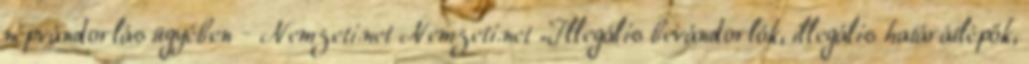
népvándorlás ügyében - Nemzeti.net Nemzeti.net „Illegális bevándorlók, illegális határátlépők,